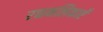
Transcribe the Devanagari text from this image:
रक्तनलिकाएँ